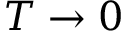
T \to 0